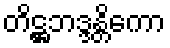
တိဋ္ဌဘဒ္ဒန္တိကော